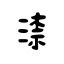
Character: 渿